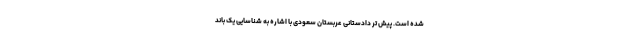
شده است. پیش تر دادستانی عربستان سعودی با اشاره به شناسایی یک باند